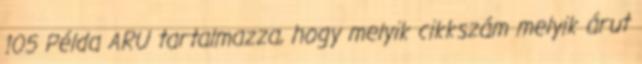
105 Példa ARU tartalmazza, hogy melyik cikkszám melyik árut